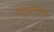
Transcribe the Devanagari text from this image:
ट्रिकोसेंथन